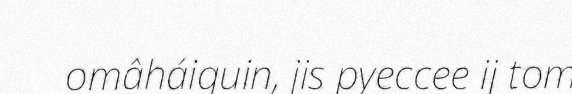
omâháiguin, jis pyeccee ij tom